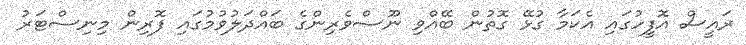
ރައީސް އޮފީހުގައި އެކަމާ ގުޅޭ ގޮތުން ބޭއްވި ނޫސްވެރިންގެ ބައްދަލުވުމުގައި ފޮރިން މިނިސްޓަރު